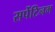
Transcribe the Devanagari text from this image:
सर्पेटिनम